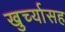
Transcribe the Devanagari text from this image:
खुर्च्यासह